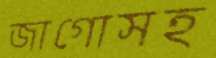
জাগোসহ